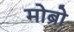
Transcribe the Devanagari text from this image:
मोब्रो